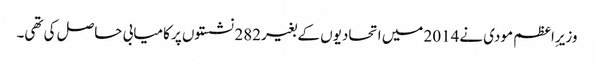
وزیرِاعظم مودی نے2014 میں اتحادیوں کے بغیر282 نشستوں پر کامیابی حاصل کی تھی۔